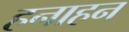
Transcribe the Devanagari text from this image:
हनाहन